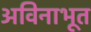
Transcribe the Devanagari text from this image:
अविनाभूत